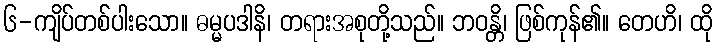
၆-ကျိပ်တစ်ပါးသော။ ဓမ္မပဒါနိ၊ တရားအစုတို့သည်။ ဘဝန္တိ၊ ဖြစ်ကုန်၏။ တေဟိ၊ ထို